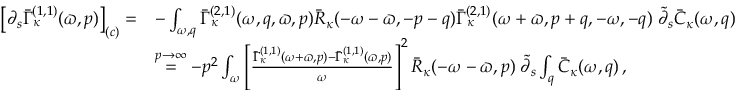
\begin{array} { r l } { \left[ \partial _ { s } \bar { \Gamma } _ { \kappa } ^ { ( 1 , 1 ) } ( \varpi , p ) \right] _ { ( c ) } = } & { - \int _ { \omega , q } \bar { \Gamma } _ { \kappa } ^ { ( 2 , 1 ) } ( \omega , q , \varpi , p ) \bar { R } _ { \kappa } ( - \omega - \varpi , - p - q ) \bar { \Gamma } _ { \kappa } ^ { ( 2 , 1 ) } ( \omega + \varpi , p + q , - \omega , - q ) \; \tilde { \partial } _ { s } \bar { C } _ { \kappa } ( \omega , q ) } \\ & { \stackrel { p \to \infty } { = } - p ^ { 2 } \int _ { \omega } \left[ \frac { \bar { \Gamma } _ { \kappa } ^ { ( 1 , 1 ) } ( \omega + \varpi , p ) - \bar { \Gamma } _ { \kappa } ^ { ( 1 , 1 ) } ( \varpi , p ) } { \omega } \right] ^ { 2 } \bar { R } _ { \kappa } ( - \omega - \varpi , p ) \; \tilde { \partial } _ { s } \int _ { q } \bar { C } _ { \kappa } ( \omega , q ) \, , } \end{array}